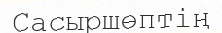
Сасыршөптің